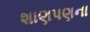
શાણપણના